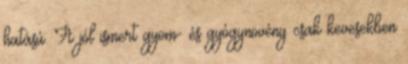
hatású. A jól ismert gyom- és gyógynövény csak kevesekben